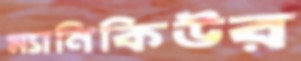
ম্যানিকিউর